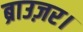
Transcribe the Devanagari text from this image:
ब्राउज़र।